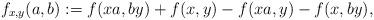
LaTeX: \begin{align*}f_{x,y}(a,b):=f(xa,by)+f(x,y)-f(xa,y)-f(x,by),\end{align*}